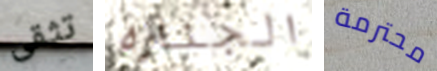
تثقى الجنازه محترمة